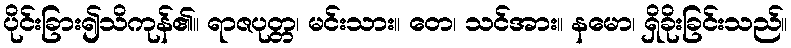
ပိုင်းခြား၍သိကုန်၏။ ရာဇပုတ္တ၊ မင်းသား။ တေ၊ သင်အား။ နမော၊ ရှိခိုးခြင်းသည်။